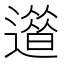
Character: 𨗀